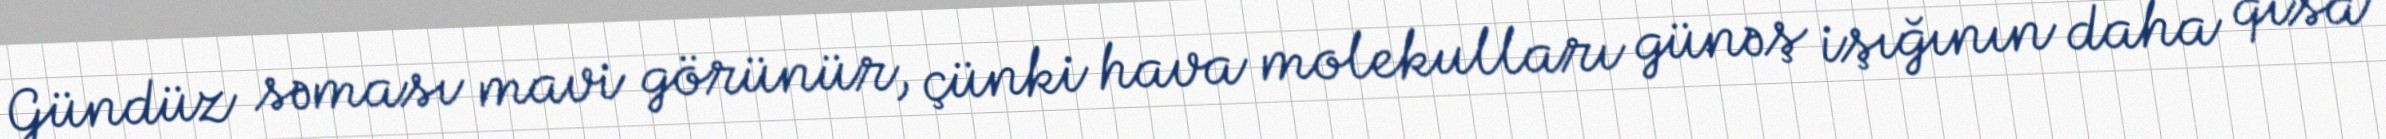
Gündüz səması mavi görünür, çünki hava molekulları günəş işığının daha qısa